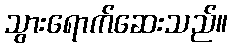
သွားရောက်ဆေးသည်။